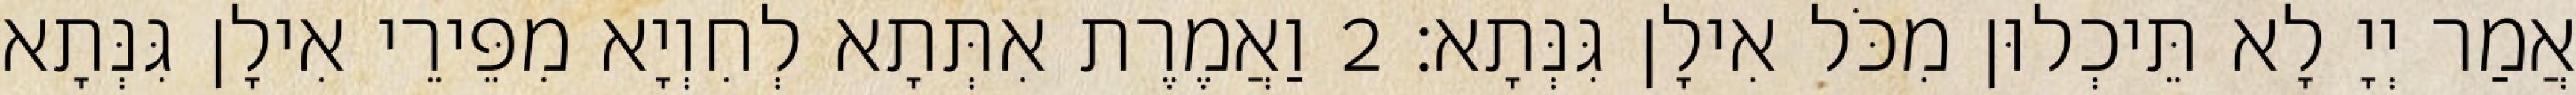
אֲמַר יְיָ לָא תֵּיכְלוּן מִכֹּל אִילָן גִּנְּתָא׃ 2 וַאֲמֶרֶת אִתְּתָא לְחִוְיָא מִפֵּירֵי אִילָן גִּנְּתָא